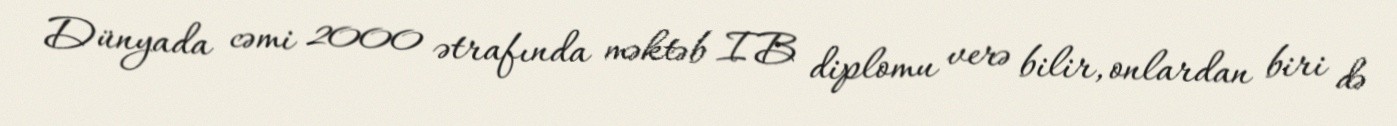
Dünyada cəmi 2000 ətrafında məktəb IB diplomu verə bilir, onlardan biri də